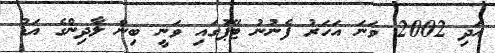
އަދި 2002 ވަނަ އަހަރު ފެނުނު ޓޭޕުގައި ވަނީ ބިން ލާދިންގެ އަޑު